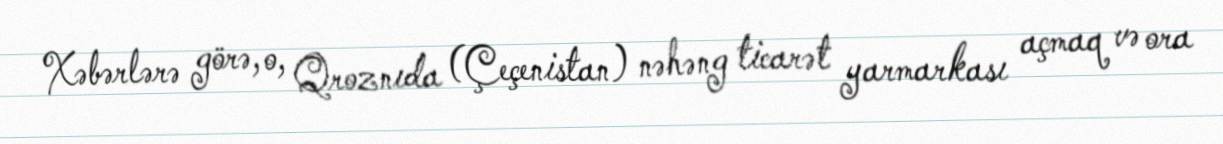
Xəbərlərə görə, o, Qroznıda (Çeçenistan) nəhəng ticarət yarmarkası açmaq və ora